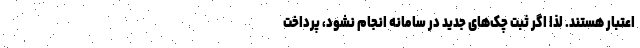
اعتبار هستند. لذا اگر ثبت چک‌های جدید در سامانه انجام نشود، پرداخت